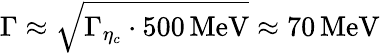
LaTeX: \Gamma\approx\sqrt{\Gamma_{\eta_{c}}\cdot 500\, \mathrm{MeV}}\approx 70\, \mathrm{MeV}